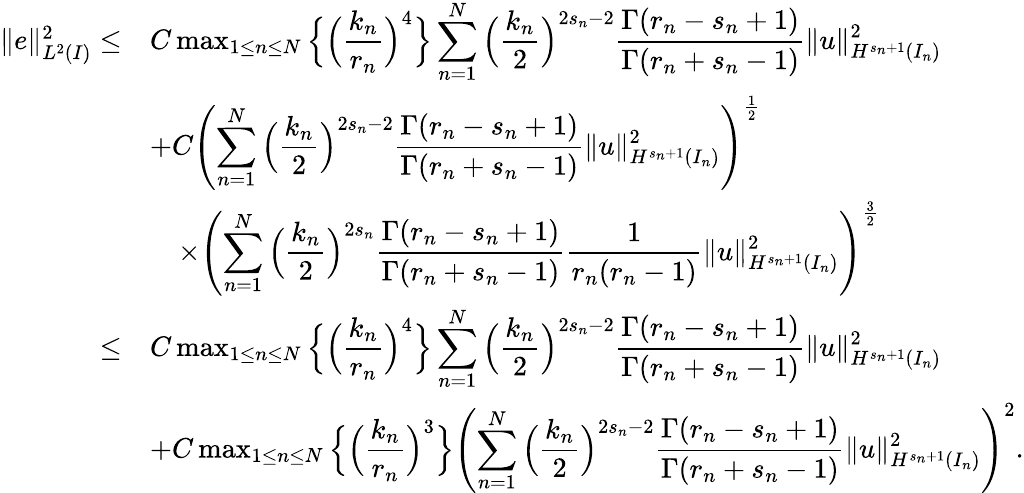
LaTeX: \begin{array}{rl}{\| e\| _{L^{2}(I)}^{2}\le}&{C\operatorname*{max}_{1\le n\le N}\Big\{ \Big(\displaystyle\frac{k_{n}}{r_{n}}\Big)^{4}\Big\} \displaystyle\sum_{n=1}^{N}\Big(\displaystyle\frac{k_{n}}{2}\Big)^{2s_{n}-2}\displaystyle\frac{\Gamma(r_{n}-s_{n}+1)}{\Gamma(r_{n}+s_{n}-1)}\| u\| _{H^{s_{n}+1}(I_{n})}^{2}}\\ &{+C\left(\displaystyle\sum_{n=1}^{N}\Big(\displaystyle\frac{k_{n}}{2}\Big)^{2s_{n}-2}\displaystyle\frac{\Gamma(r_{n}-s_{n}+1)}{\Gamma(r_{n}+s_{n}-1)}\| u\| _{H^{s_{n}+1}(I_{n})}^{2}\right)^{\frac{1}{2}}}\\ &{\quad\times\left(\displaystyle\sum_{n=1}^{N}\Big(\displaystyle\frac{k_{n}}{2}\Big)^{2s_{n}}\displaystyle\frac{\Gamma(r_{n}-s_{n}+1)}{\Gamma(r_{n}+s_{n}-1)}\displaystyle\frac{1}{r_{n}(r_{n}-1)}\| u\| _{H^{s_{n}+1}(I_{n})}^{2}\right)^{\frac{3}{2}}}\\ {\le}&{C\operatorname*{max}_{1\le n\le N}\Big\{ \Big(\displaystyle\frac{k_{n}}{r_{n}}\Big)^{4}\Big\} \displaystyle\sum_{n=1}^{N}\Big(\displaystyle\frac{k_{n}}{2}\Big)^{2s_{n}-2}\displaystyle\frac{\Gamma(r_{n}-s_{n}+1)}{\Gamma(r_{n}+s_{n}-1)}\| u\| _{H^{s_{n}+1}(I_{n})}^{2}}\\ &{+C\operatorname*{max}_{1\le n\le N}\Big\{ \Big(\displaystyle\frac{k_{n}}{r_{n}}\Big)^{3}\Big\} \left(\displaystyle\sum_{n=1}^{N}\Big(\displaystyle\frac{k_{n}}{2}\Big)^{2s_{n}-2}\displaystyle\frac{\Gamma(r_{n}-s_{n}+1)}{\Gamma(r_{n}+s_{n}-1)}\| u\| _{H^{s_{n}+1}(I_{n})}^{2}\right)^{2}.}\end{array}